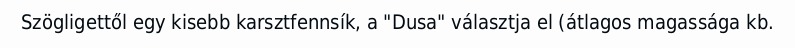
Szögligettől egy kisebb karsztfennsík, a "Dusa" választja el (átlagos magassága kb.